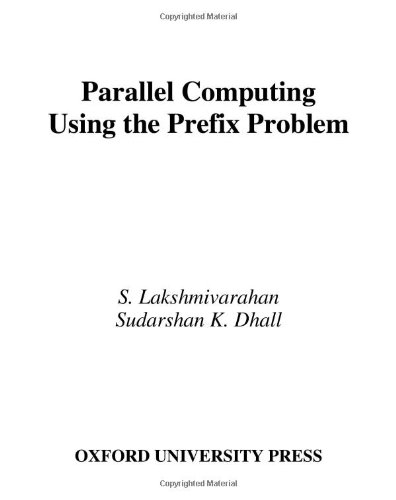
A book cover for Parallel Computing Using the Prefix Problem; S. Lakshmivarahan; Computers & Technology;